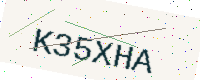
Text: K35XHA